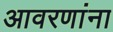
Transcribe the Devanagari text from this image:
आवरणांना